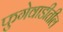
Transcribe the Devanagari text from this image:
फुगेवाडीतील